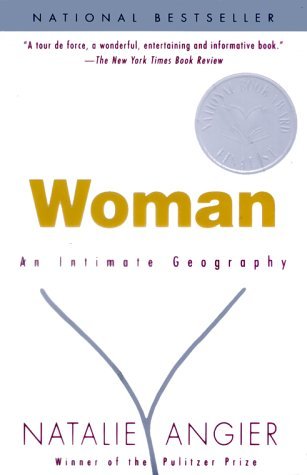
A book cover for Woman: An Intimate Geography (Paperback); Natalie Angier (Author); Health, Fitness & Dieting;